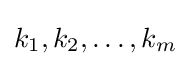
k_{1},k_{2},\ldots ,k_{m}